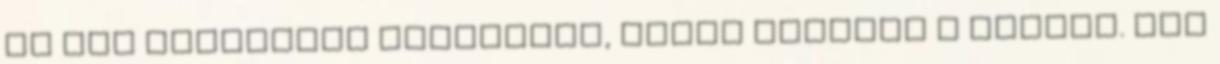
az egy szikrányi Igazságot, amire sóvárog a lelkem. Azt